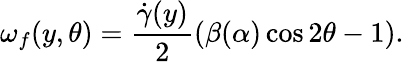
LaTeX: {\omega}_{f}(y,\theta)=\frac{\dot{\gamma}(y)}{2}\left(\beta(\alpha)\cos 2\theta-1\right).